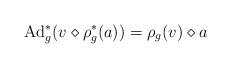
LaTeX: \begin{gather*}\operatorname{Ad}^*_g(v\diamond\rho^*_g(a))=\rho_g(v)\diamond a\end{gather*}